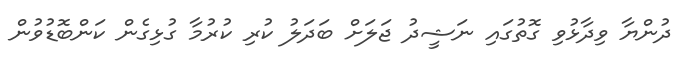
ދުންޔާ ވިދާޅުވި ގޮތުގައި ނަޝީދު ޖަލަށް ބަދަލު ކުރި ކުރުމާ ގުޅިގެން ކަންބޮޑުވުން